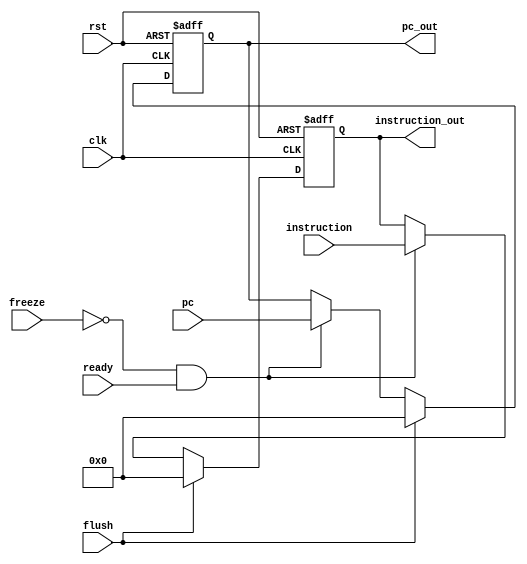
module IF_ID(clk, rst, ready, pc, instruction, flush, freeze, pc_out, instruction_out);
  input clk, rst, flush, freeze,ready;
  input [31:0] pc, instruction;
  output reg[31:0] pc_out, instruction_out;
  
  always @(posedge clk, posedge rst) begin
      if (rst == 1'b1) begin
          pc_out <= 32'b0;
          instruction_out <= 32'b0;
      end
      else if (flush == 1'b1)begin
          pc_out <= 32'b0;
          instruction_out <= 32'b0;
      end
      else begin
          if ((freeze != 1'b1) && (ready != 1'b0))begin
              pc_out <= pc;
              instruction_out <= instruction;
          end
      end
  end
endmodule